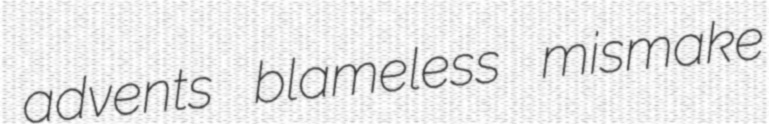
advents blameless mismake